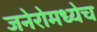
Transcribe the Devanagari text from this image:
जनेरोमध्येच